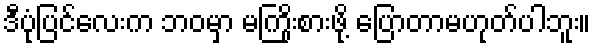
ဒီပုံပြင်လေးက ဘဝမှာ မကြိုးစားဖို့ ပြောတာမဟုတ်ပါဘူး။